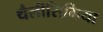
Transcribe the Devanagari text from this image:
थैलीसिमिया